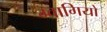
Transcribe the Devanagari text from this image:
ग्वागियो